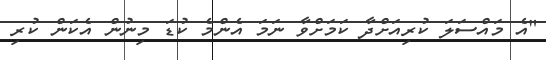
"އެ މައްސަލަ ކުރިއަށްދާ ކަމަށްވާ ނަމަ އެންމެ ކުޑަ މިނުން އެކަން ކުރި